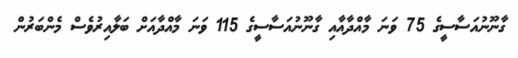
ގާނޫނުއަސާސީގެ 75 ވަނަ މާއްދާއާއި ގާނޫނުއަސާސީގެ 115 ވަނަ މާއްދާއަށް ބަލާއިރުވެސް މެންބަރުން